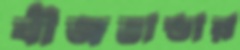
বীজভান্ডার